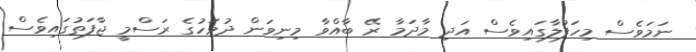
ނަމަވެސް މިހަފުލާގައިވެސް އަދި މާދަމާ ރޭ ބާއްވާ މިނިވަން ދުވަހުގެ ރަސްމީ ޖާފަތުގައިވެސް